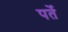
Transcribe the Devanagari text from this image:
पर्ते